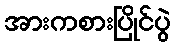
အားကစားပြိုင်ပွဲ